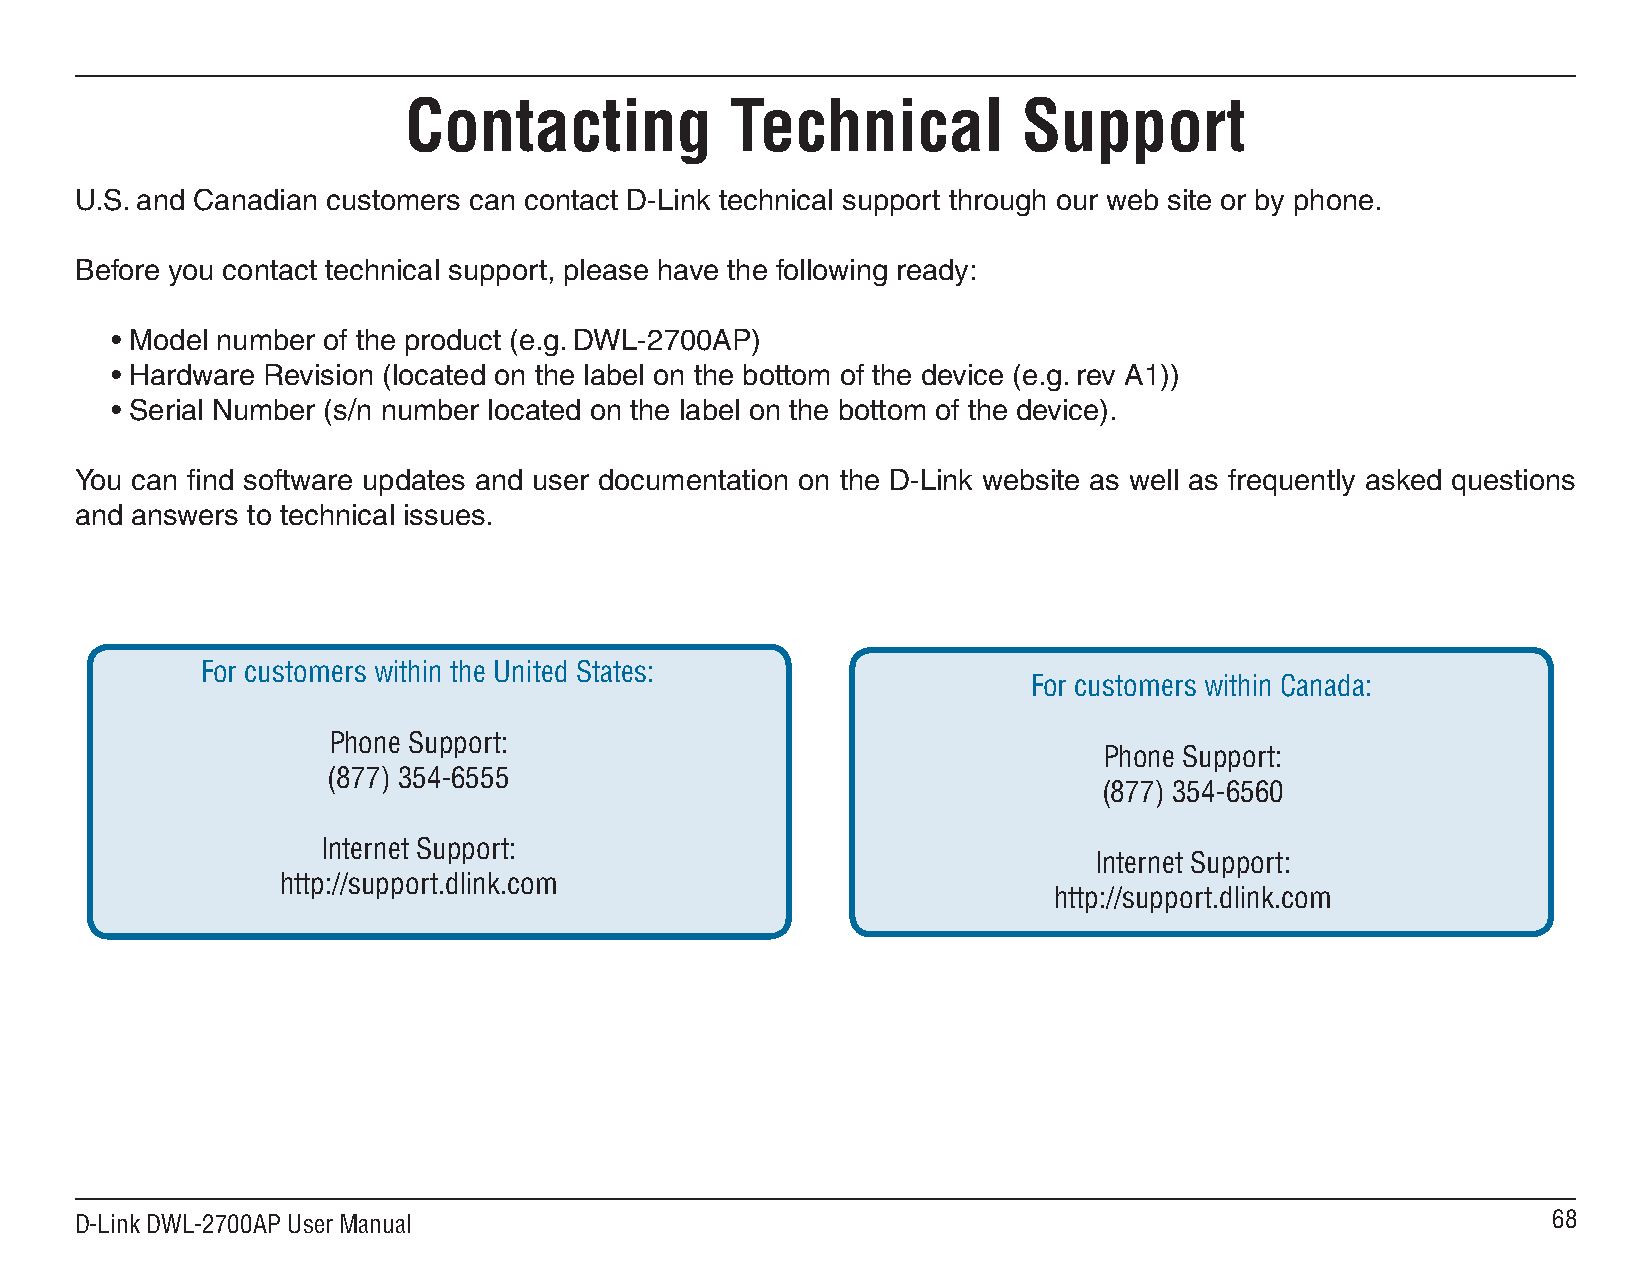
Contacting           Technical           Support
 U.S. and Canadian customers can contact D-Link technical support through our web site or by phone.
 Before you contact technical support, please have the following ready:
 • Model number of the product (e.g. DWL-2700AP)
 • Hardware Revision (located on the label on the bottom of the device (e.g. rev A1))
 • Serial Number (s/n number located on the label on the bottom of the device).
 You can find software updates and user documentation on the D-Link website as well as frequently asked questions
 and answers to technical issues.
 For customers within the United States:
 For customers within Canada:
 Phone Support:
 Phone Support:
 (877) -
 (877) -0
 Internet Support:
 Internet Support:
 http://support.dlink.com
 http://support.dlink.com
 D-Link DWL-2700AP User Manual                                                                     8